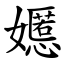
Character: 嬺